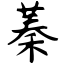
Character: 蓁